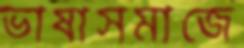
ভাষাসমাজে